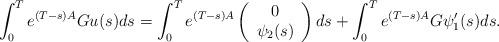
LaTeX: \begin{align*}\int_{0}^{T}e^{\left( T-s\right) A} G u(s) ds = \int_{0}^{T}e^{\left( T-s\right) A} \left (\begin{array}[c]{c} 0 \\ \psi_2(s) \end{array}\right) ds + \int_{0}^{T}e^{\left( T-s\right) A} G \psi_1'(s) ds. \end{align*}